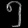
Digit: ၅